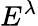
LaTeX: E^{\lambda}